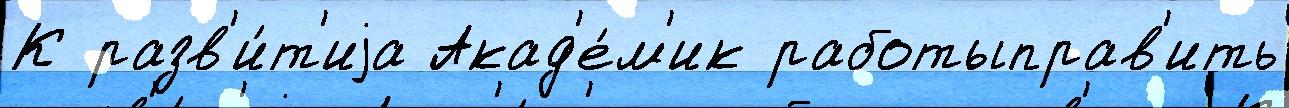
К разв'и́т'иjа Акад'е́м'ик работыправ'ить